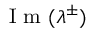
\mathrm { ~ I ~ m ~ } ( \lambda ^ { \pm } )